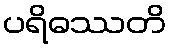
ပရိဓဿတိ